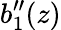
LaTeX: b_{1}^{\prime\prime}(z)